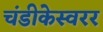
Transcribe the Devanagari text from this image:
चंडीकेस्वरर